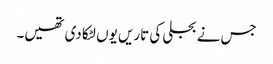
جس نے بجلی کی تاریں یوں لٹکا دی تھیں۔